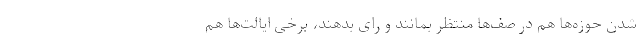
شدن حوزه‌ها هم در صف‌ها منتظر بمانند و رای بدهند، برخی ایالت‌ها هم